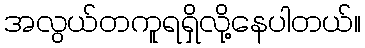
အလွယ်တကူရရှိလို့နေပါတယ်။